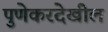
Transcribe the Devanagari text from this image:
पुणेकरदेखील